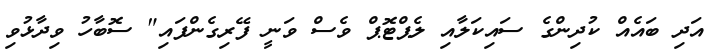
އަދި ބައެއް ކުދިންގެ ސައިކަލާއި ލެޕްޓޮޕް ވެސް ވަނީ ފޭރިގެންފައި" ސޮބާހު ވިދާޅުވި